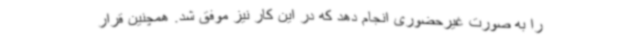
را به صورت غیرحضوری انجام دهد که در این کار نیز موفق شد. همچنین قرار